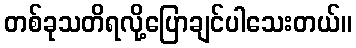
တစ်ခုသတိရလို့ပြောချင်ပါသေးတယ်။